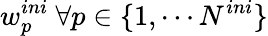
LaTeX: w_{p}^{ini}\ \forall p\in\{ 1,\cdots N^{ini}\}